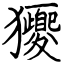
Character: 獿